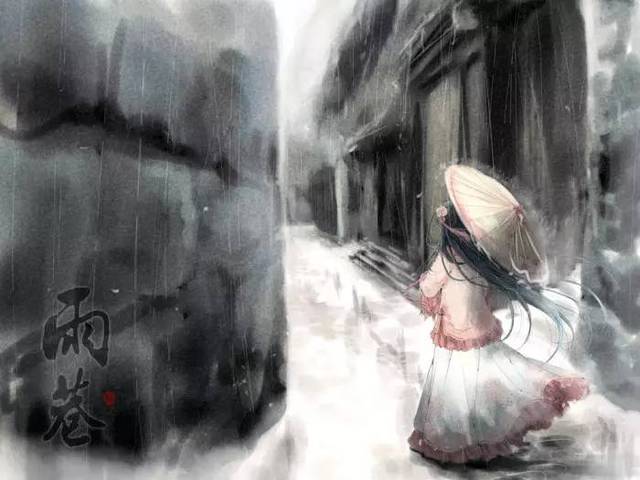
三分春色二分愁，更一分风雨。